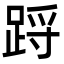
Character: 䟹